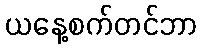
ယနေ့စက်တင်ဘာ